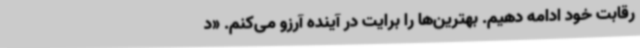
رقابت خود ادامه دهیم. بهترین‌ها را برایت در آینده آرزو می‌کنم. «د